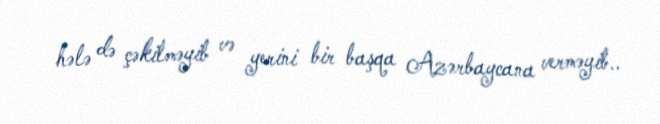
hələ də çəkilməyib və yerini bir başqa Azərbaycana verməyib..